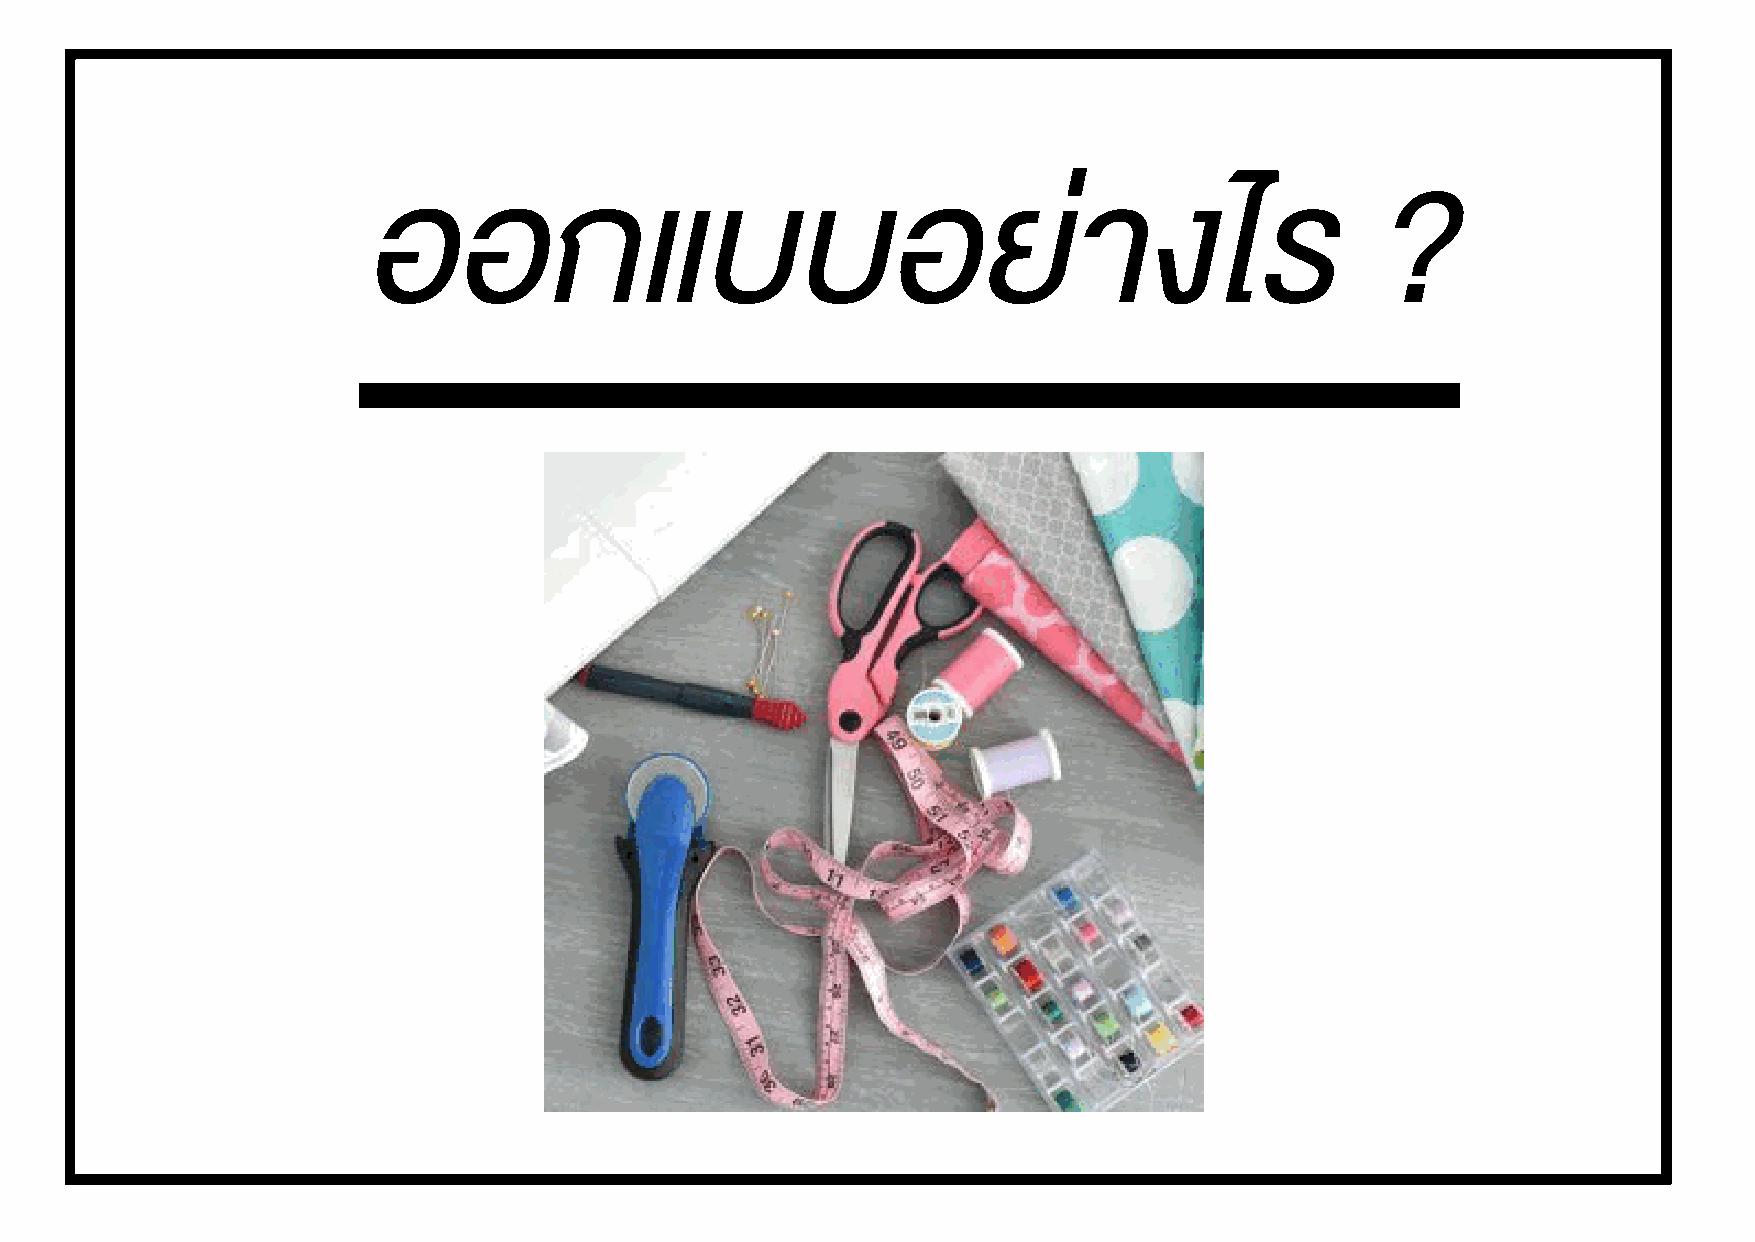
ออกแบบอยางไร                                                      ?